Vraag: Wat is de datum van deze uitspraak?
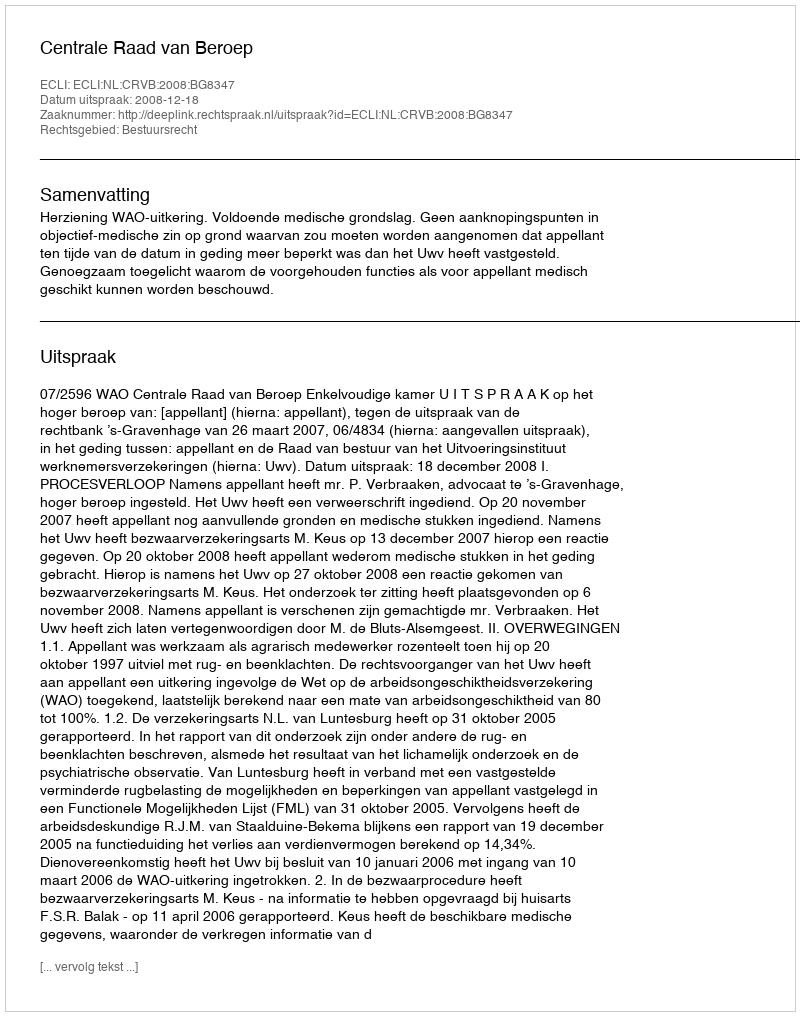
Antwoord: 2008-12-18